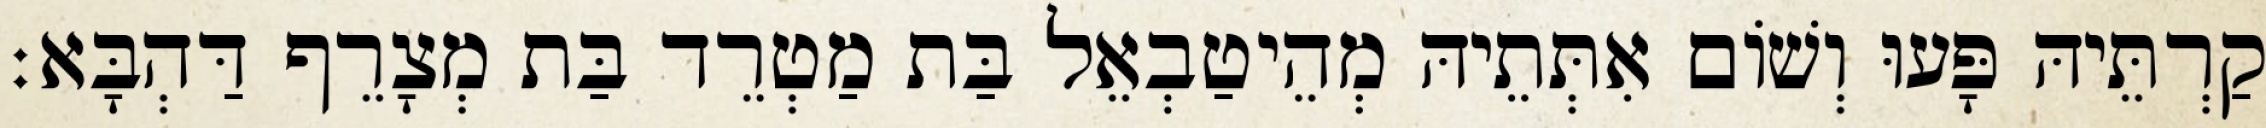
קַרְתֵּיהּ פָּעוּ וְשׁוֹם אִתְּתֵיהּ מְהֵיטַבְאֵל בַּת מַטְרֵד בַּת מְצָרֵף דַּהְבָּא׃